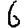
Digit: 6